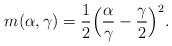
LaTeX: \begin{align*}m(\alpha,\gamma)=\frac{1}{2}\Big(\frac{\alpha}{\gamma}-\frac{\gamma}{2}\Big)^2.\end{align*}